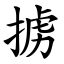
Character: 掳